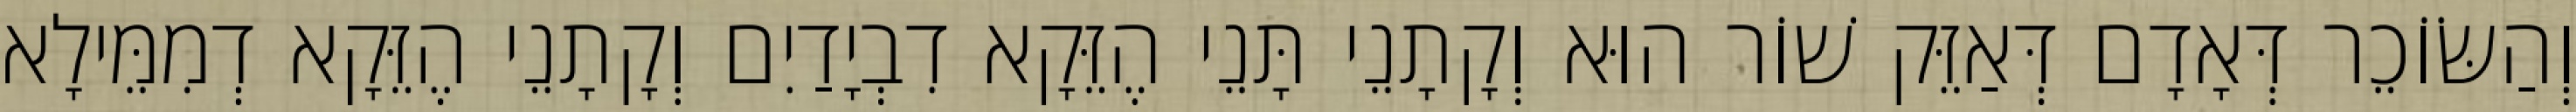
וְהַשּׂוֹכֵר דְּאָדָם דְּאַזֵּק שׁוֹר הוּא וְקָתָנֵי תָּנֵי הֶזֵּקָא דִבְיָדַיִם וְקָתָנֵי הֶזֵּקָא דְמִמֵּילָא